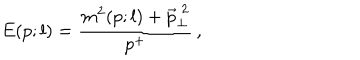
E ( p ; l ) = \frac { m ^ { 2 } ( p ; l ) + \vec { p } _ { \perp } ^ { \ 2 } } { p ^ { + } } \, ,